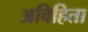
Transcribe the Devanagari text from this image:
अविहिता